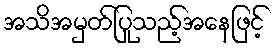
အသိအမှတ်ပြုသည့်အနေဖြင့်